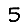
Digit: 5